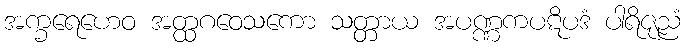
အက္ခရေဟေဝ အတ္ထဂဝေသကော သတ္တာယ အပဏ္ဏကပဋိပဒံ ပါရိဇုညံ